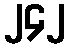
၂၄၂